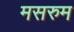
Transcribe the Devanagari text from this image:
मसरुम